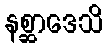
နစ္ဆာဒေသိ